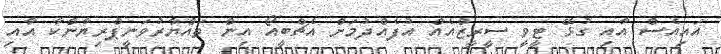
އައިއެސް އާއި ގުޅޭ ޓީވީ ސީރީޒްއެއް އުފެއްދުމަށް އެޗްބީއޯ އިން ތައްޔާރުވަނީޕްރިޔާންކާ އާއި